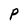
Character: P